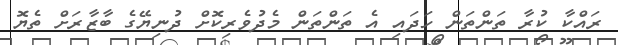
ރައްކާ ކުރާ ތަންތަން ހަދައި އެ ތަންތަން މެދުވެރިކޮށް ދުނިޔޭގެ ބާޒާރަށް ތެޔޮ